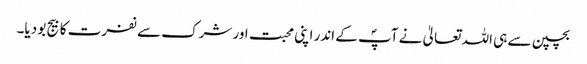
بچپن سے ہی اللہ تعالیٰ نے آپؐ کے اندر اپنی محبت اور شرک سے نفرت کا بیج بو دیا۔